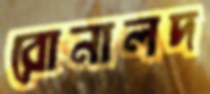
রোনালদ